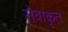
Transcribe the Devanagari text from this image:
सेवाकृत